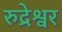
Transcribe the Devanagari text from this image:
रुद्रेश्वर